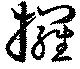
攞